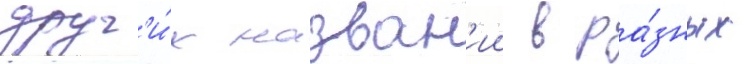
друг'и́х назван'ии в ра́зных